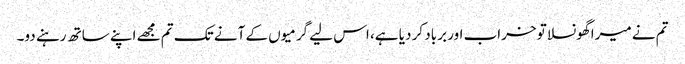
تم نے میرا گھونسلا تو خراب اور برباد کر دیا ہے، اس لیے گرمیوں کے آنے تک تم مجھے اپنے ساتھ رہنے دو۔